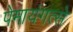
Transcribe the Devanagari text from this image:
पेमायंगत्से